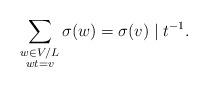
LaTeX: \begin{align*}\sum_{\substack{w\in V/L\\ wt=v}}\sigma(w)=\sigma(v)\mid t^{-1}.\end{align*}